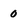
Character: 0